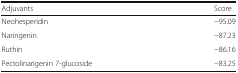
| Adjuvants | Score |
 | --- | --- |
 | Neohesperidin | −95.09 |
 | Naringenin | −87.23 |
 | Ruthin | −86.16 |
 | Pectolinarigenin 7-glucoside | −83.25 |